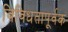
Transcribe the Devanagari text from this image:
विविधतापूर्वक